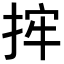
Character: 𢭂